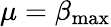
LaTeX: \mu=\beta_{\mathrm{max}}